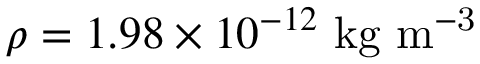
\rho = 1 . 9 8 \times 1 0 ^ { - 1 2 } \ \mathrm { k g \ m ^ { - 3 } }